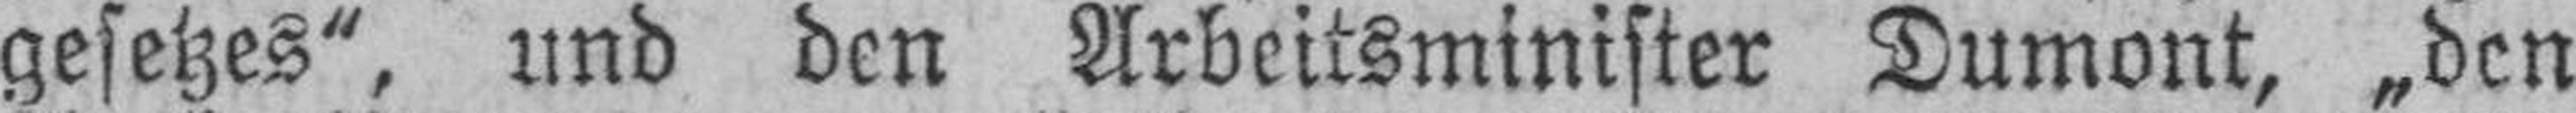
gesetzes“, und den Arbeitsminister Dumont, „den